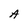
Character: A